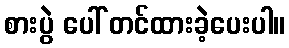
စားပွဲ ပေါ် တင်ထားခဲ့ပေးပါ။